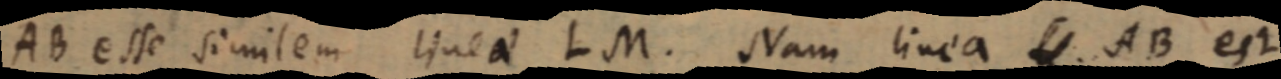
AB esse similem linea LM. Nam linea _. AB est